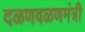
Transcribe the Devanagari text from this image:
दळणवळणमंत्री